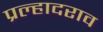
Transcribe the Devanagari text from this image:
प्रल्हादराव